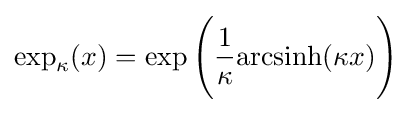
\exp _{\kappa }(x)=\exp {\Bigg (}{\frac {1}{\kappa }}{\text{arcsinh}}(\kappa x){\Bigg )}